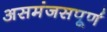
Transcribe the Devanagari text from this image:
असमंजसपूर्ण